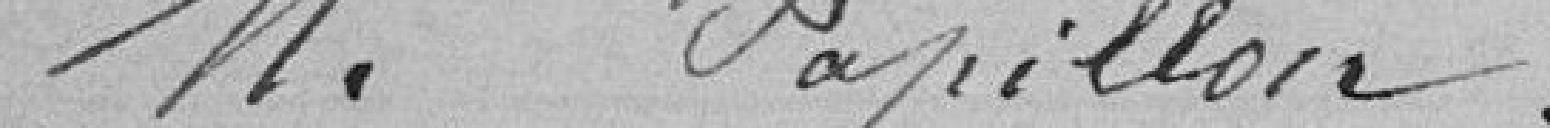
M. Papillon